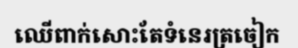
ឈើពាក់សោះតែទំនេរត្រចៀក